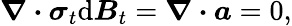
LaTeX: \boldsymbol{\nabla}\boldsymbol{\cdot}\boldsymbol{\sigma}_{t}\mathrm{d}\boldsymbol{B}_{t}=\boldsymbol{\nabla}\boldsymbol{\cdot}\boldsymbol{a}=0,